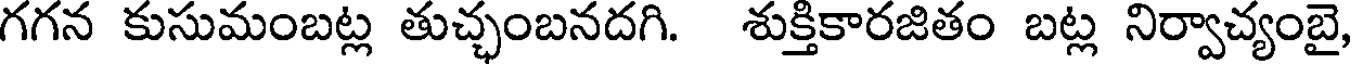
గగన కుసుమంబట్ల తుచ్ఛంబనదగి. శుక్తికారజితం బట్ల నిర్వాచ్యంబై